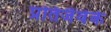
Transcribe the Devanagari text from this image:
प्रतिजैवेके